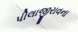
પીલાજીરાવના